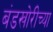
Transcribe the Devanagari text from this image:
बंडखोरीच्या